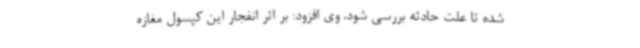
شده تا علت حادثه بررسی شود. وی افزود: بر اثر انفجار این کپسول مغازه